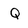
Character: Q